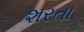
શરતા